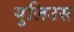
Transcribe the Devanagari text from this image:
युलिउस